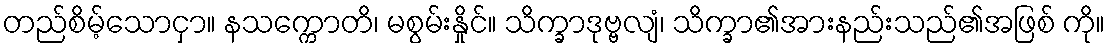
တည်စိမ့်သောငှာ။ နသက္ကောတိ၊ မစွမ်းနှိုင်။ သိက္ခာဒုဗ္ဗလျံ၊ သိက္ခာ၏အားနည်းသည်၏အဖြစ် ကို။